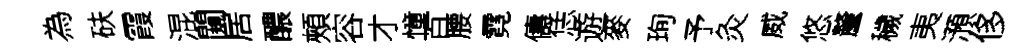
為砆霞混闚居醲頰容才憧百腰霓儔恁遊麥珣予灸威悠釐穢夷澦侈